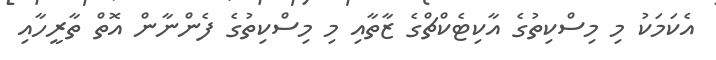
އެކަމަކު މި މިސްކިތުގެ އާކިޓެކްޗްގެ ޒާތާއި މި މިސްކިތުގެ ފެންނާން އޮތް ތާރީހާއި